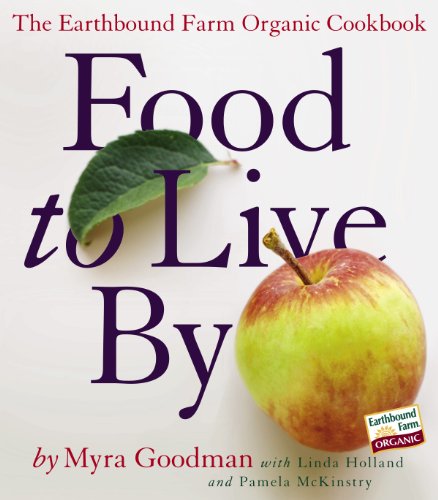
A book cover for Food to Live By: The Earthbound Farm Organic Cookbook; Myra Goodman; Cookbooks, Food & Wine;